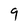
Character: 9